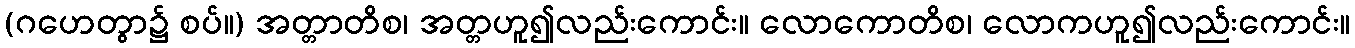
(ဂဟေတွာ၌ စပ်။) အတ္တာတိစ၊ အတ္တဟူ၍လည်းကောင်း။ လောကောတိစ၊ လောကဟူ၍လည်းကောင်း။